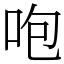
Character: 咆